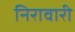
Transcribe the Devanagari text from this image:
निरावारी